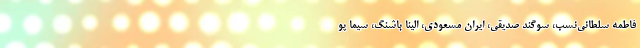
فاطمه سلطانی‌نسب، سوگند صدیقی، ایران مسعودی، الینا باشنگ، سیما پو